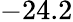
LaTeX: -24.2